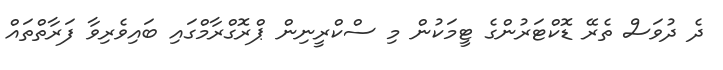
ދެ ދުވަސް ތެރޭ ޑޮކްޓަރުންގެ ޓީމަކުން މި ސްކްރީނިން ޕްރޮގްރާމްގައި ބައިވެރިވާ ފަރާތްތައް